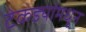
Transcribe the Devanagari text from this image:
टेकड्यांमधून